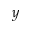
\boldsymbol { y }